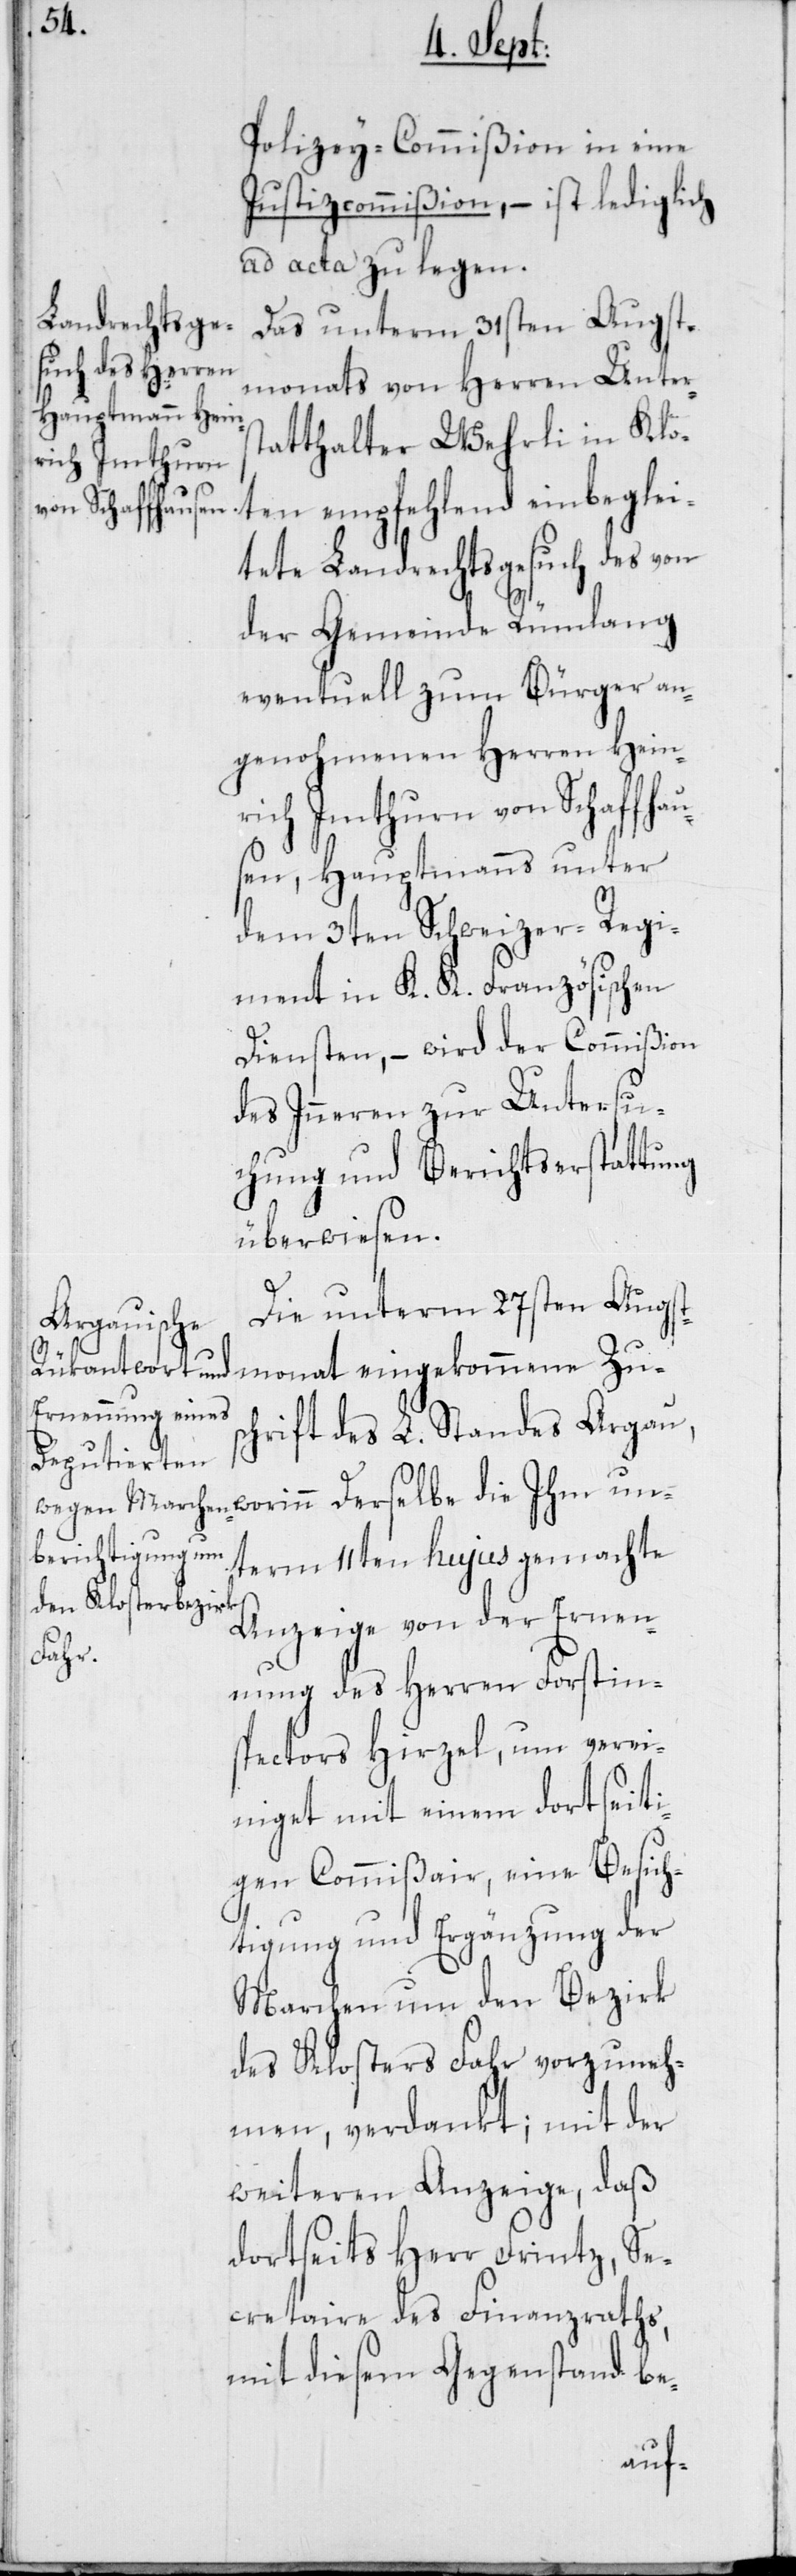
un¬
Polizeycommißion in eine
Justizcommißion, – ist lediglich
ad acta zu legen.
Das unterm 31sten Augst¬
monats von Herren Unters¬
tatthalter Wehrli in Klo¬
ten empfehlend einbeglei¬
tete Landrechtsgesuch des von
der Gemeinde Rümlang
eventuell zum Bürger an¬
genohmenen Herren Hein¬
rich Imthurn von Schaffhau¬
sen, Hauptmanns unter
dem 3ten Schweizer-Regi¬
ment in K. K. Französischen
Diensten, – wird der Commißion
des Inneren zur Untersu¬
chung und Berichtserstattung
überwiesen.
Die unterm 27sten Augst¬
monat eingekommene Zus¬
chrift des L. Standes Aargau,
term 11ten hujus gemachte
Anzeige von der Ernen¬
nung des Herren Forstin¬
spectors Hirzel, um verei¬
niget mit einem dortseiti¬
gen Commißair, eine Besich¬
tigung und Ergänzung der
Marchen um den Bezirk
des Klosters Fahr vorzuneh¬
men, verdankt; mit der
weiteren Anzeige, daß
dortseits Herr Frintz, Se¬
cretaire des Finanzraths,
mit diesem Gegenstand be-